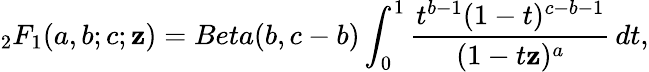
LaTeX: _2F_{1}(a,b;c;\mathbf{z})=Beta(b,c-b)\int_{0}^{1}\frac{{t^{b-1}(1-t)^{c-b-1}}}{{(1-t\mathbf{z})^{a}}}\, dt,